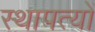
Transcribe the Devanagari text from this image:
स्थापत्यों